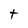
Character: t